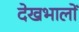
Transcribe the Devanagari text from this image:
देखभालों